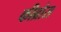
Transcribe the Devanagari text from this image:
कीब्रोस